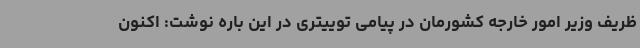
ظریف وزیر امور خارجه کشورمان در پیامی توییتری در این باره نوشت: اکنون